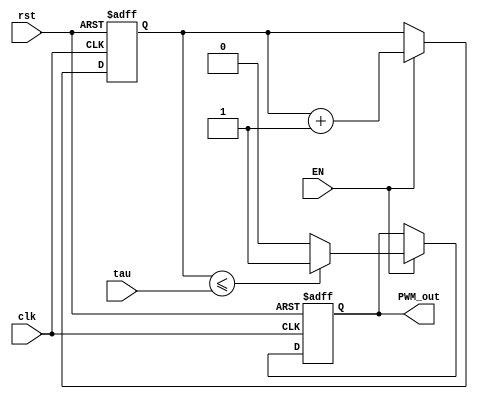
`timescale 1ns / 1ps
//////////////////////////////////////////////////////////////////////////////////
// Company: 
// Engineer: 
// 
// Design Name: 
// Module Name:    PWM 
// Project Name: 
// Target Devices: 
// Tool versions: 
// Description: 
//
// Dependencies: 
//
// Revision: 
// Revision 0.01 - File Created
// Additional Comments: 
//
//////////////////////////////////////////////////////////////////////////////////
module PWM #(parameter n = 8) 
	(
		input clk, rst, EN,   
      input [n-1:0] tau,    
      output reg PWM_out
	); 

reg [n-1:0] counter;
   	
always@ (posedge clk or posedge rst)
begin
if(rst)
begin
	PWM_out <= 1'b0;
	counter <= 1'b0;
end
else if (EN)
begin
	if ( counter <= tau )
	PWM_out <= 1'b1;
	else
		PWM_out <= 1'b0;
	counter <= counter+1'b1;
end
end

endmodule